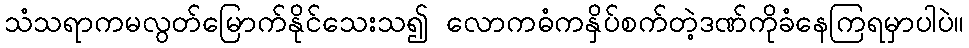
သံသရာကမလွတ်မြောက်နိုင်သေးသ၍ လောကဓံကနှိပ်စက်တဲ့ဒဏ်ကိုခံနေကြရမှာပါပဲ။